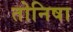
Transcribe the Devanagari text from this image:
तोनिषा